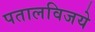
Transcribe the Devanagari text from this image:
पतालविजये